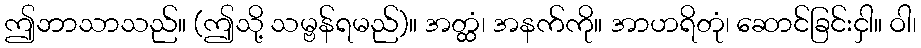
ဤဘာသာသည်။ (ဤသို့ သမ္ဗန်ရမည်)။ အတ္ထံ၊ အနက်ကို။ အာဟရိတုံ၊ ဆောင်ခြင်းငှါ။ ဝါ၊